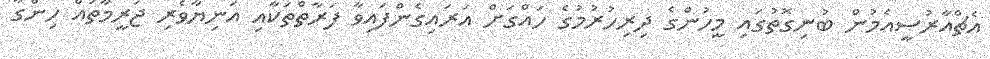
އެޗްއާރުސީއެމުން ބުނިގޮތުގައި މީހުންގެ ދިރިހުރުމުގެ ހައްގަށް އަރައިގެންފައިވާ ފަރާތްތަކާއި އަނިޔާވެރި ޖަރީމާތައް ހިންގާ